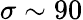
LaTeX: \sigma\sim 90